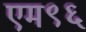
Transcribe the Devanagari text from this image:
एम९६